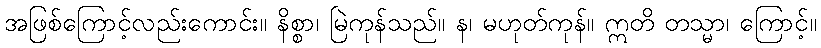
အဖြစ်ကြောင့်လည်းကောင်း။ နိစ္စာ၊ မြဲကုန်သည်။ န၊ မဟုတ်ကုန်။ ဣတိ တသ္မာ၊ ကြောင့်။